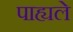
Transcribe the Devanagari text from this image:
पाह्यले